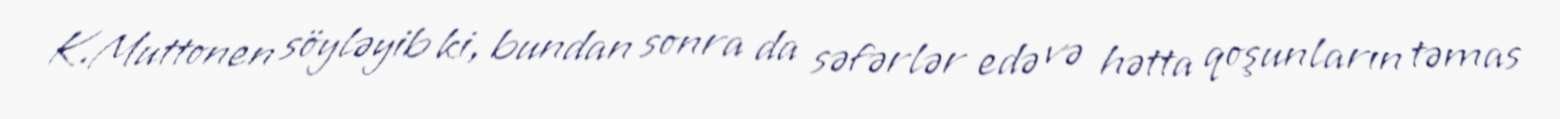
K.Muttonen söyləyib ki, bundan sonra da səfərlər edə və hətta qoşunların təmas